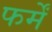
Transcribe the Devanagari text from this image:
फर्में